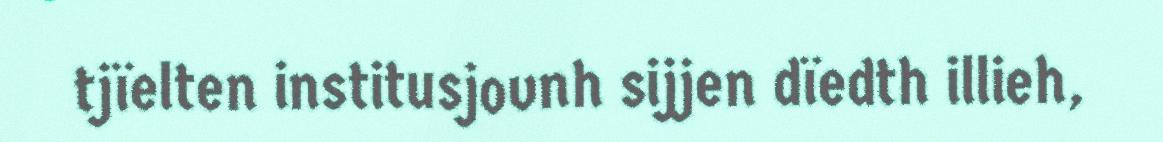
tjïelten institusjovnh sijjen dïedth illieh,